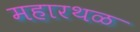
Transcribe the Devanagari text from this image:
महारथळ